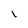
Character: I